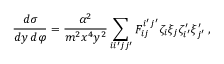
\frac { d \sigma } { d y \, d \varphi } = \frac { \alpha ^ { 2 } } { m ^ { 2 } x ^ { 4 } y ^ { 2 } } \sum _ { i i ^ { \prime } j j ^ { \prime } } F _ { i j } ^ { i ^ { \prime } j ^ { \prime } } \zeta _ { i } \xi _ { j } \zeta _ { i ^ { \prime } } ^ { \prime } \xi _ { j ^ { \prime } } ^ { \prime } \, ,